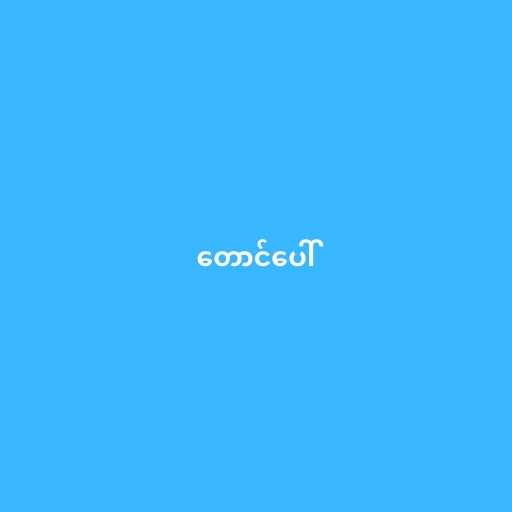
တောင်ပေါ်